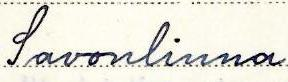
Savonlinna